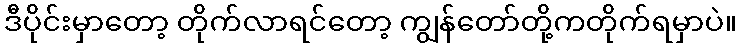
ဒီပိုင်းမှာတော့ တိုက်လာရင်တော့ ကျွန်တော်တို့ကတိုက်ရမှာပဲ။